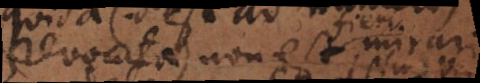
revocata) non est; mirari